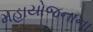
મહાયોજનાના